NAE_ERA_R-1665_Eesti_Kunstnike_Liit, lk 14
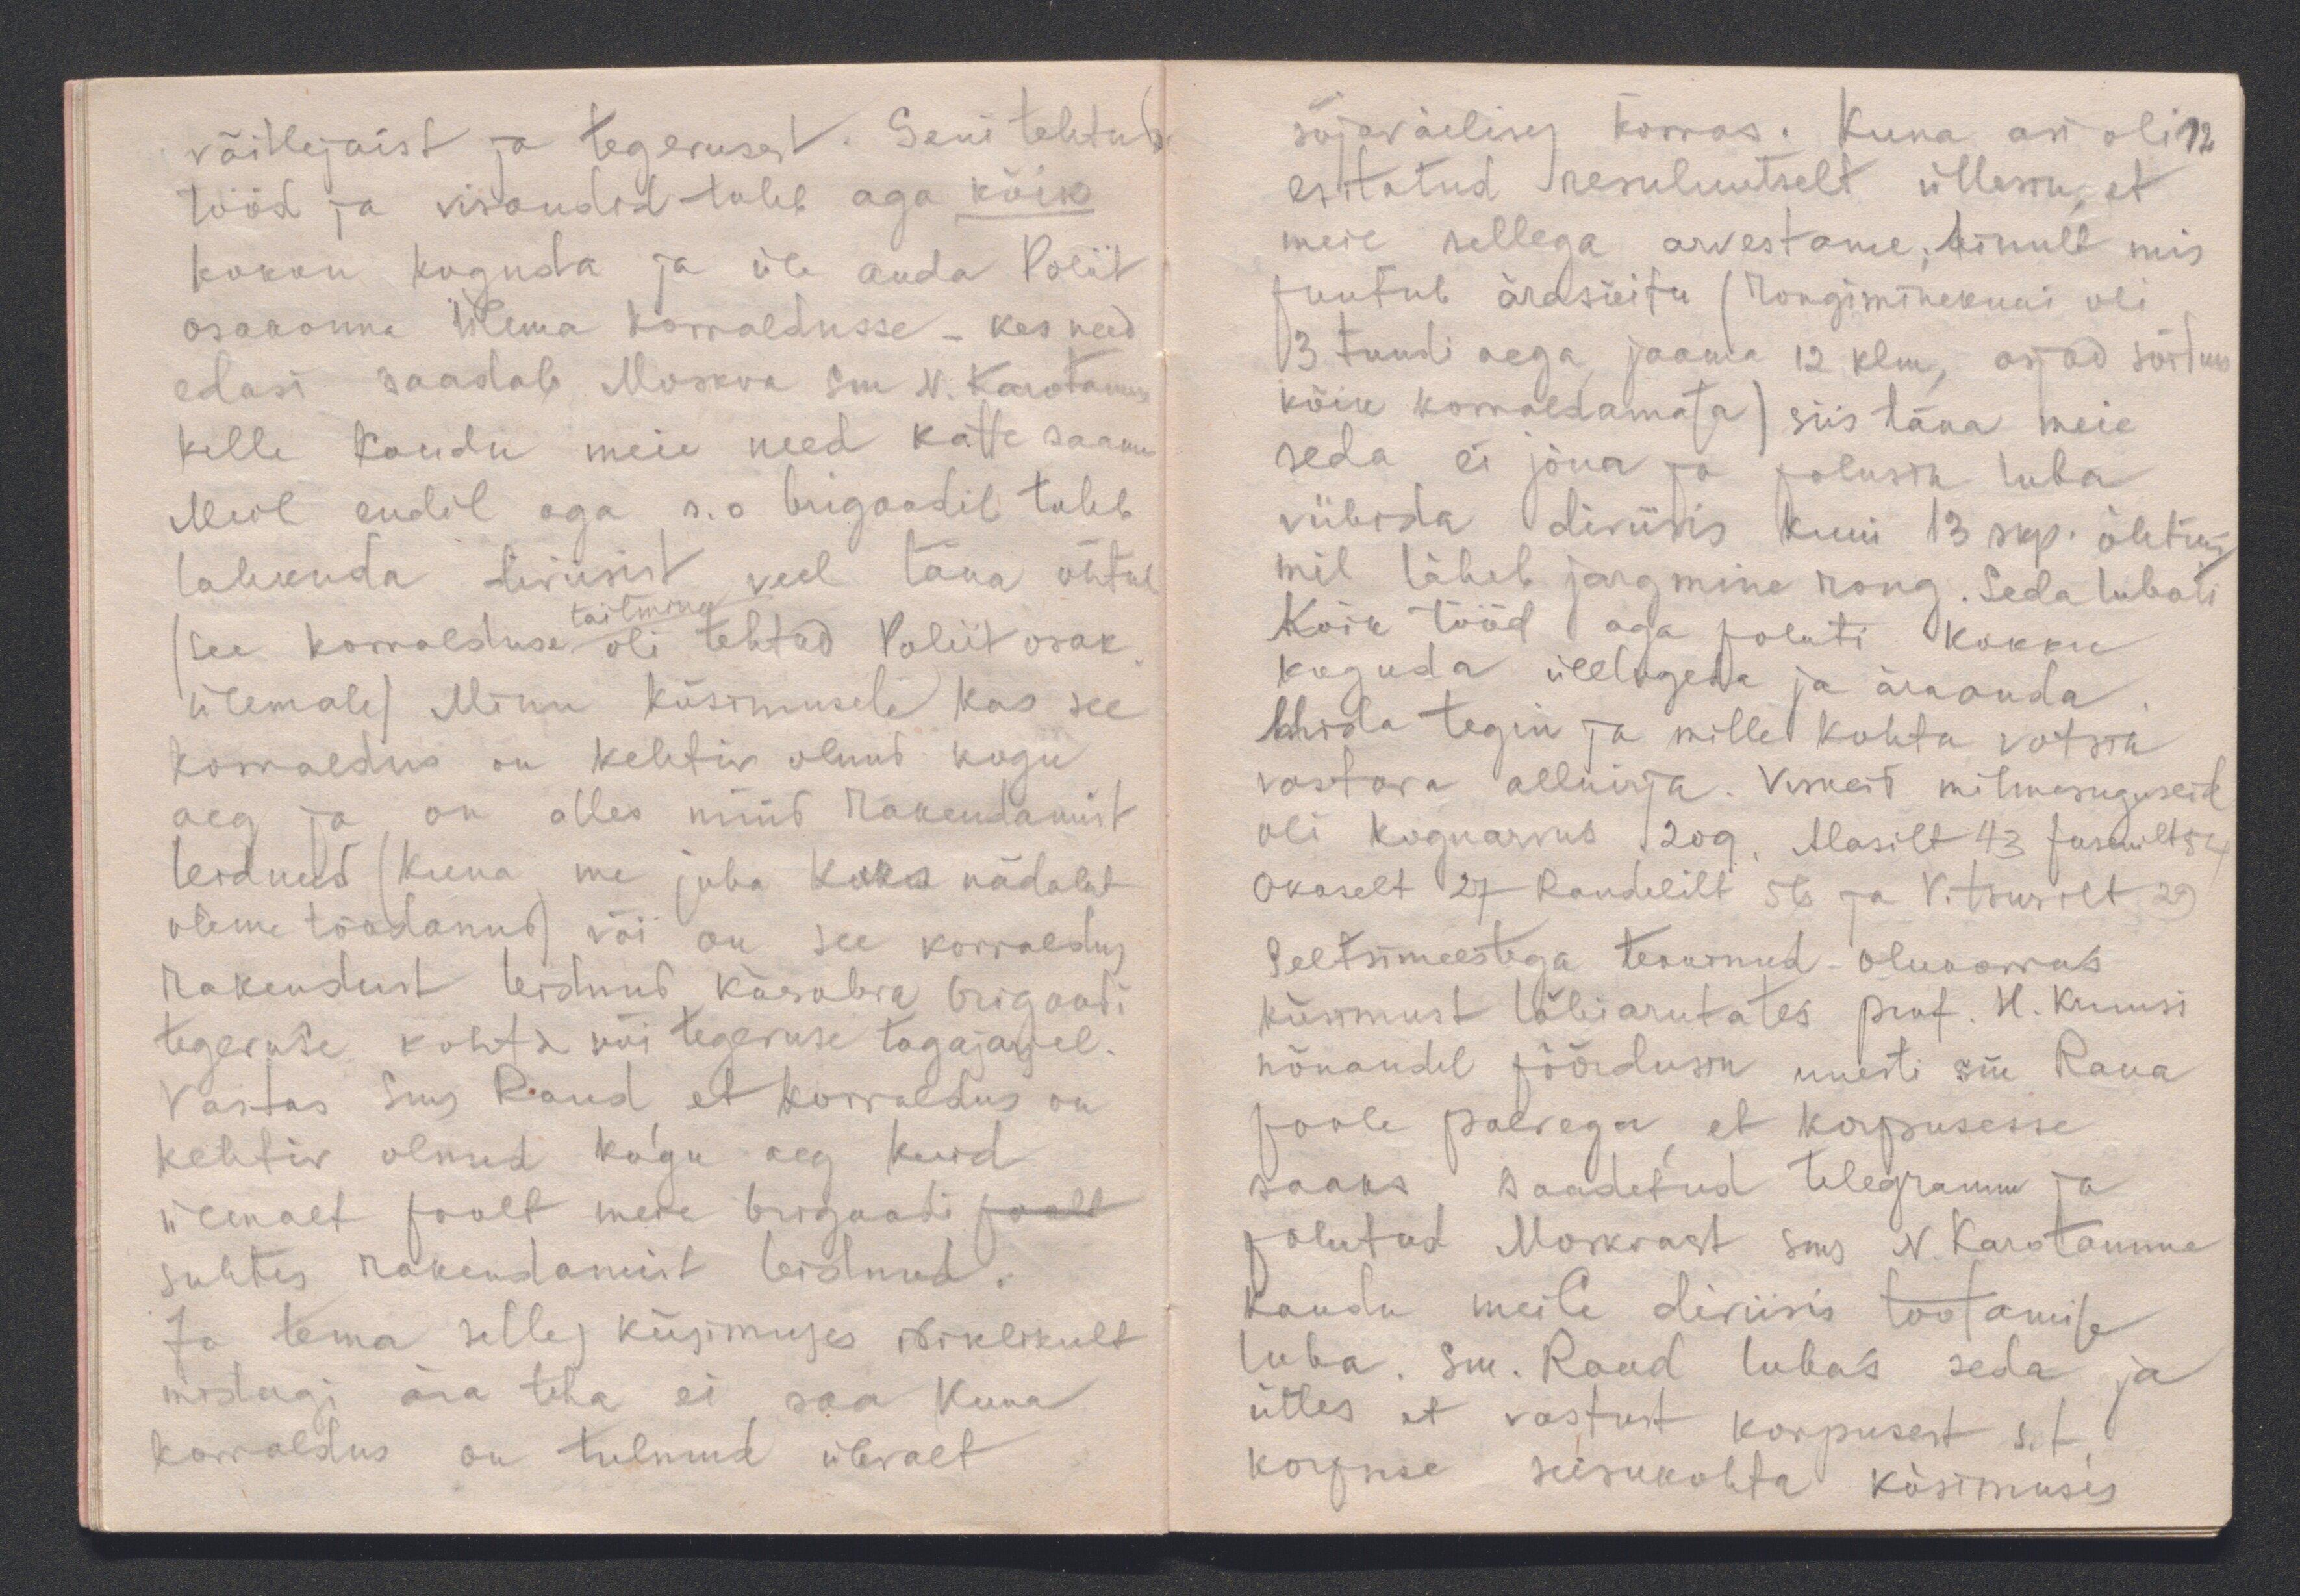
võitlejaist ja tegevusest. Seni tehtud
tööd ja visandid tuleb aga kõik
kokku koguda ja üle anda Poliit
osakonna Ülema korraldusse - kes need
edasi saadab Moskva sm. N. Karotamm
kelle kaudu meie need katte saame
Meil endil aga s.o brigaadil tuleb
lahkuda diviisist veel täna õhtul.
täitmine
(See korralduse oli tehtud Poliit osak.
ülemale) Minu küsimusele, kas see
korraldus on kehtiv olnud kogu
aeg ja on alles nüüd rakendamist
leidnud (kuna me juba kaks nädalat
oleme töödanud) või on see korraldus
rakendust leidnud käesoleva brigaadi
tegevuse kohta või tegevuse tagajarjel.
Vastas Sms Raud, et korraldus on
kehtiv olnud kogu aeg kuid
ülevalt poolt meie brigaadi poolt
suhtes rakendamist leidnud.
Ja tema selles küsimuses isiklikult
midagi ära teha ei saa kuna
korraldus on tulnud ülevalt

sõjaväelises korras. Kuna asi oli 12
esitatud resuluutselt ütlesin, et
meie sellega arvestame; ainult mis
puutub ärasõitu (rongiminekuni oli
13 tundi aega, jaama 12 klm, asjad sõituks
kõik korraldamata) siis täna meie
seda ei jõua ja palusin luba
viibida diviisis kuni 13 skp. õhtuni,
mil läheb jargmine rong. Seda lubati
Kõik tööd aga paluti kokku
koguda ülelugeda ja äraanda.
Mida tegin ja mille kohta võtsin
vastava allkirja. Viskeid mitmesuguseid
oli koguarvus 209. Alasilt 43 Jensenilt 54
Okaselt 27  Randelilt 56 ja Vitsurilt 29.
Seltsimeestega tekkinud olukorras
küsimust läbiarutates prof. H. Kruusi
nõuandel pöördusin uuesti sm Raua
poole palvega, et korpusesse
saaks saadetud telegramm ja
palutud Moskvast sms N. Karotamme
kaudu meile diviisis töötamise
luba.  Sm. Raud lubas seda ja
ütles et vastust korpusest s.t.
korpuse seisukohta küsimuses